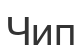
Чип